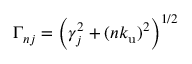
\Gamma _ { n j } = \left( \gamma _ { j } ^ { 2 } + ( n { k _ { \mathrm { u } } } ) ^ { 2 } \right) ^ { 1 / 2 }